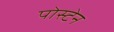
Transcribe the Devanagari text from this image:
पोस्टेन